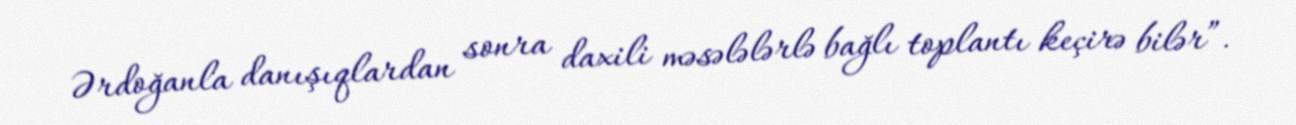
Ərdoğanla danışıqlardan sonra daxili məsələlərlə bağlı toplantı keçirə bilər”.